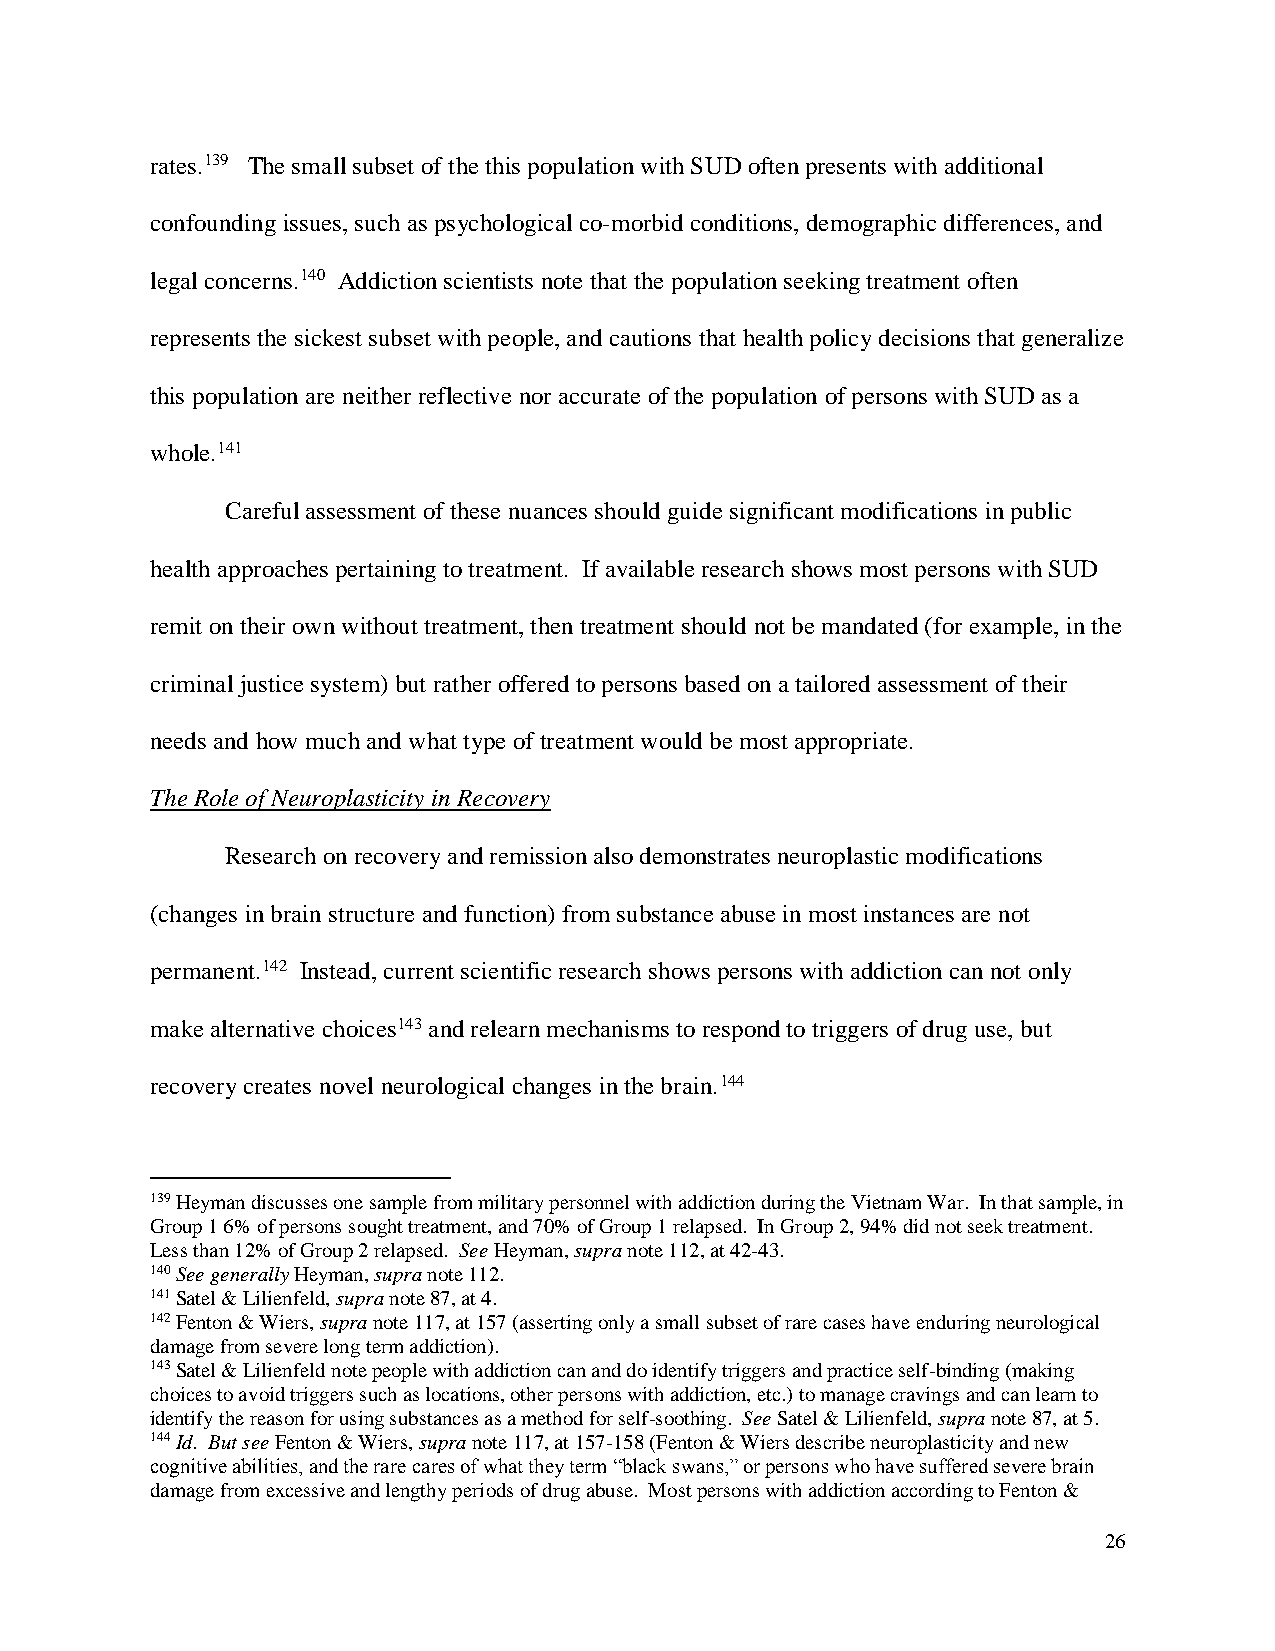
rates.139 The small subset of the this population with SUD often presents with additional
 confounding issues, such as psychological co-morbid conditions, demographic differences, and
 legal concerns.140 Addiction scientists note that the population seeking treatment often
 represents the sickest subset with people, and cautions that health policy decisions that generalize
 this population are neither reflective nor accurate of the population of persons with SUD as a
 whole.141
 Careful assessment of these nuances should guide significant modifications in public
 health approaches pertaining to treatment. If available research shows most persons with SUD
 remit on their own without treatment, then treatment should not be mandated (for example, in the
 criminal justice system) but rather offered to persons based on a tailored assessment of their
 needs and how much and what type of treatment would be most appropriate.
 The Role of Neuroplasticity in Recovery
 Research on recovery and remission also demonstrates neuroplastic modifications
 (changes in brain structure and function) from substance abuse in most instances are not
 permanent.142 Instead, current scientific research shows persons with addiction can not only
 make alternative choices143 and relearn mechanisms to respond to triggers of drug use, but
 recovery creates novel neurological changes in the brain.144
 139 Heyman discusses one sample from military personnel with addiction during the Vietnam War. In that sample, in
 Group 1 6% of persons sought treatment, and 70% of Group 1 relapsed. In Group 2, 94% did not seek treatment.
 Less than 12% of Group 2 relapsed. See Heyman, supra note 112, at 42-43.
 140 See generally Heyman, supra note 112.
 141 Satel & Lilienfeld, supra note 87, at 4.
 142 Fenton & Wiers, supra note 117, at 157 (asserting only a small subset of rare cases have enduring neurological
 damage from severe long term addiction).
 143 Satel & Lilienfeld note people with addiction can and do identify triggers and practice self-binding (making
 choices to avoid triggers such as locations, other persons with addiction, etc.) to manage cravings and can learn to
 identify the reason for using substances as a method for self-soothing. See Satel & Lilienfeld, supra note 87, at 5.
 144 Id. But see Fenton & Wiers, supra note 117, at 157-158 (Fenton & Wiers describe neuroplasticity and new
 cognitive abilities, and the rare cares of what they term “black swans,” or persons who have suffered severe brain
 damage from excessive and lengthy periods of drug abuse. Most persons with addiction according to Fenton &
 26